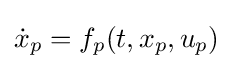
{\dot {x}}_{p}=f_{p}(t,x_{p},u_{p})